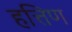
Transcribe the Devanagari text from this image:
हत्तिण